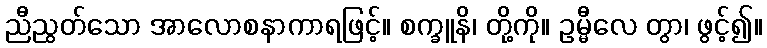
ညီညွတ်သော အာလောစနာကာရဖြင့်။ စက္ခူနိ၊ တို့ကို။ ဥမ္မီလေ တွာ၊ ဖွင့်၍။